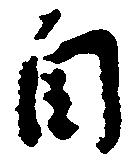
自